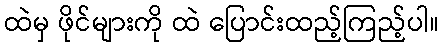
ထဲမှ ဖိုင်များကို ထဲ ပြောင်းထည့်ကြည့်ပါ။